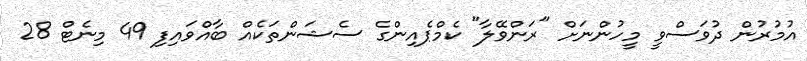
އުމުރުން ދުވަސްވީ މީހުންނަށް "ރަންވޭލާ" ކެމްޕެއިންގެ ސެޝަންތަކެއް ބާއްވައިފި 49 މިނެޓް 28